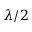
\lambda / 2